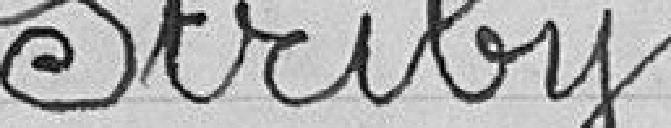
Striby